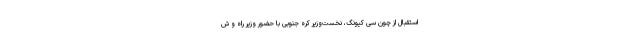
استقبال از چون سی کیونگ، نخست‌وزیر کره جنوبی با حضور وزیر راه و ش